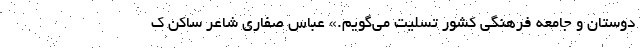
دوستان و جامعه فرهنگی کشور تسلیت می‌گویم.» عباس صفاری شاعر ساکن ک